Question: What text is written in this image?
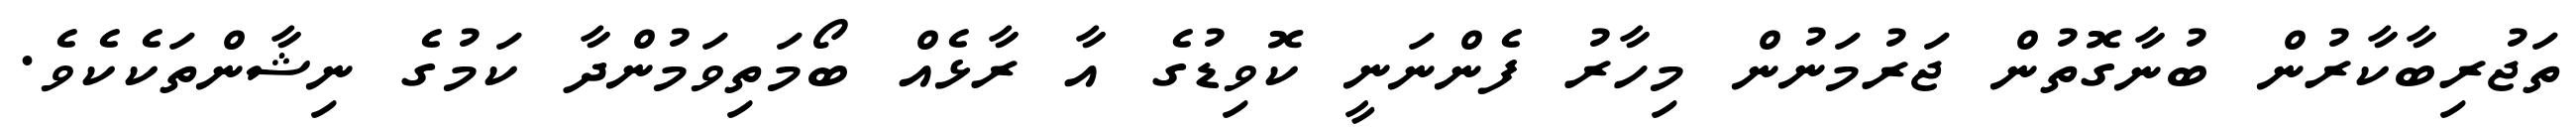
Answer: ތަޖުރިބާކާރުން ބުނާގޮތުން ޖަރުމަނުން މިހާރު ފެންނަނީ ކޮވިޑުގެ އާ ރާޅެއް ބޯމަތިވަމުންދާ ކަމުގެ ނިޝާންތަކެކެވެ.